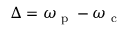
\Delta = \omega _ { \textrm { p } } - \omega _ { \textrm { c } }